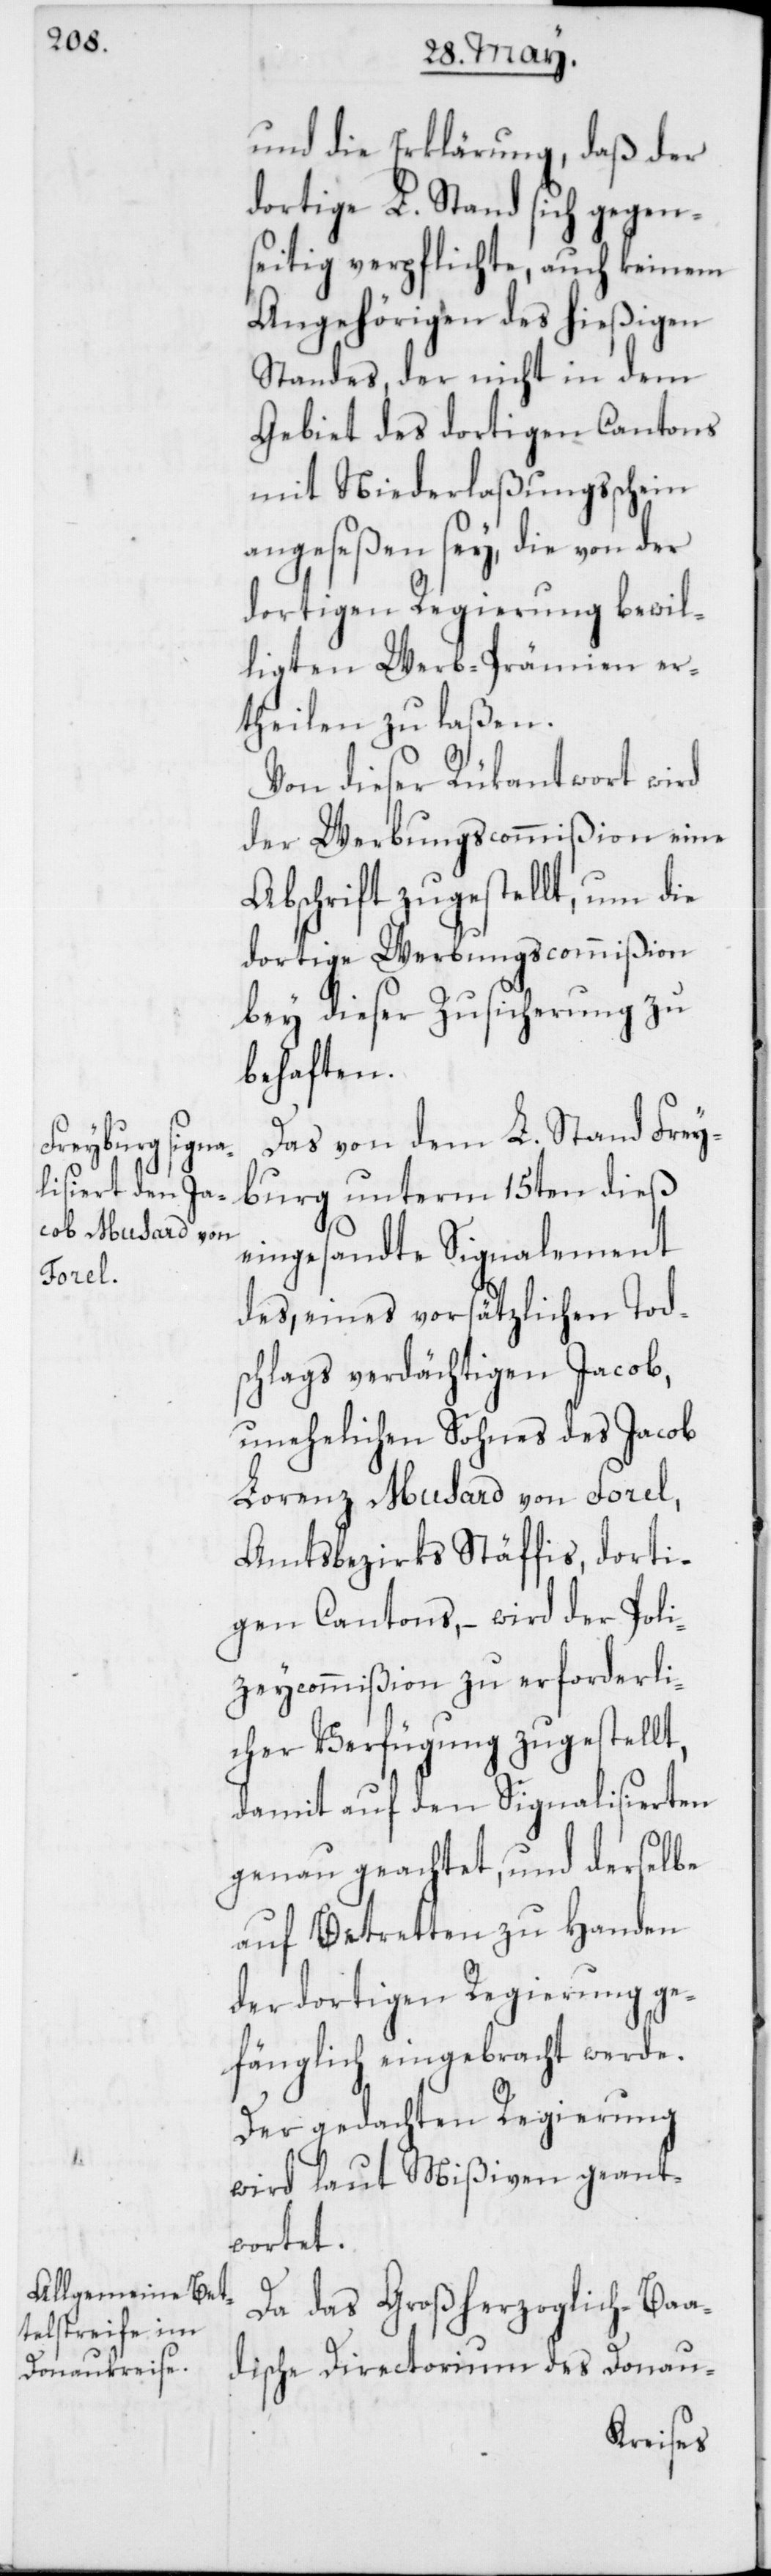
und die Erklärung, daß der
dortige L. Stand sich gegen¬
seitig verpflichte, auch keinem
Angehörigen des hießigen
Standes, der nicht in dem
Gebiet des dortigen Cantons
mit Niederlaßungsschein
angeseßen sey, die von der
dortigen Regierung bewil¬
ligten Werb-Prämien er¬
theilen zu laßen.
Von dieser Rükantwort wird
der Werbungscommißion eine
Abschrift zugestellt, um die
dortige Werbungscommißion
bey dieser Zusicherung zu
behaften.
Das von dem L. Stand Frey¬
burg unterm 15ten dieß
eingesandte Signalement
des, eines vorsätzlichen Tod¬
schlags verdächtigen Jacob,
unehelichen Sohnes des Jacob
Lorenz Musard von Forel,
Amtsbezirks Stäffis, dorti¬
gen Cantons, – wird der Poli¬
zeycommißion zu erforderli¬
cher Verfügung zugestellt,
damit auf den Signalisierten
genau geachtet, und derselbe
auf Betretten zu Handen
der dortigen Regierung ge¬
fänglich eingebracht werde.
Der gedachten Regierung
wird laut Mißiven geant¬
wortet.
Da das Großherzoglich-Baa¬
dische Directorium des Donau-